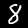
Label: 8